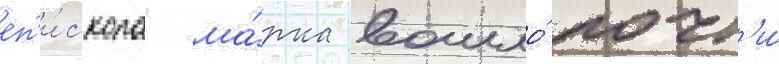
еп'и́скопа ма́рка вошло́ почт'и́